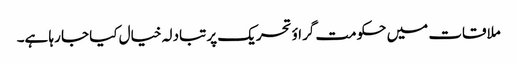
ملاقات میں حکومت گراؤ تحریک پر تبادلہ خیال کیا جا رہا ہے۔